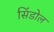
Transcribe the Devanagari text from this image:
सिंडोल